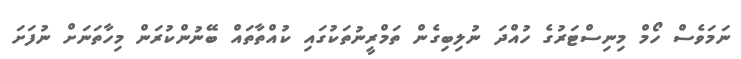
ނަމަވެސް ހޯމް މިނިސްޓަރުގެ ހުއްދަ ނުލިބިގެން ތަމްރީނުތަކުގައި ކުއްތާތައް ބޭނުންކުރަން މިހާތަނަށް ނުފަށަ